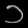
Digit: ၁